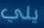
يلي